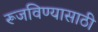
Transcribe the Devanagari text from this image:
रूजविण्यासाठी